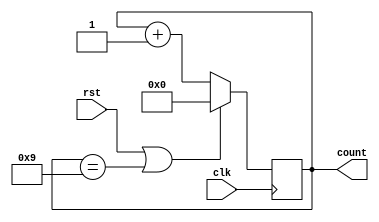
module MODN_Counter(clk,rst,count);
  input clk,rst;
  output reg [3:0]count;
  always@(posedge clk) begin
    if(rst == 1 || count == 9)
      count <= 0;
    else
      count <= count + 1;
  end
endmodule